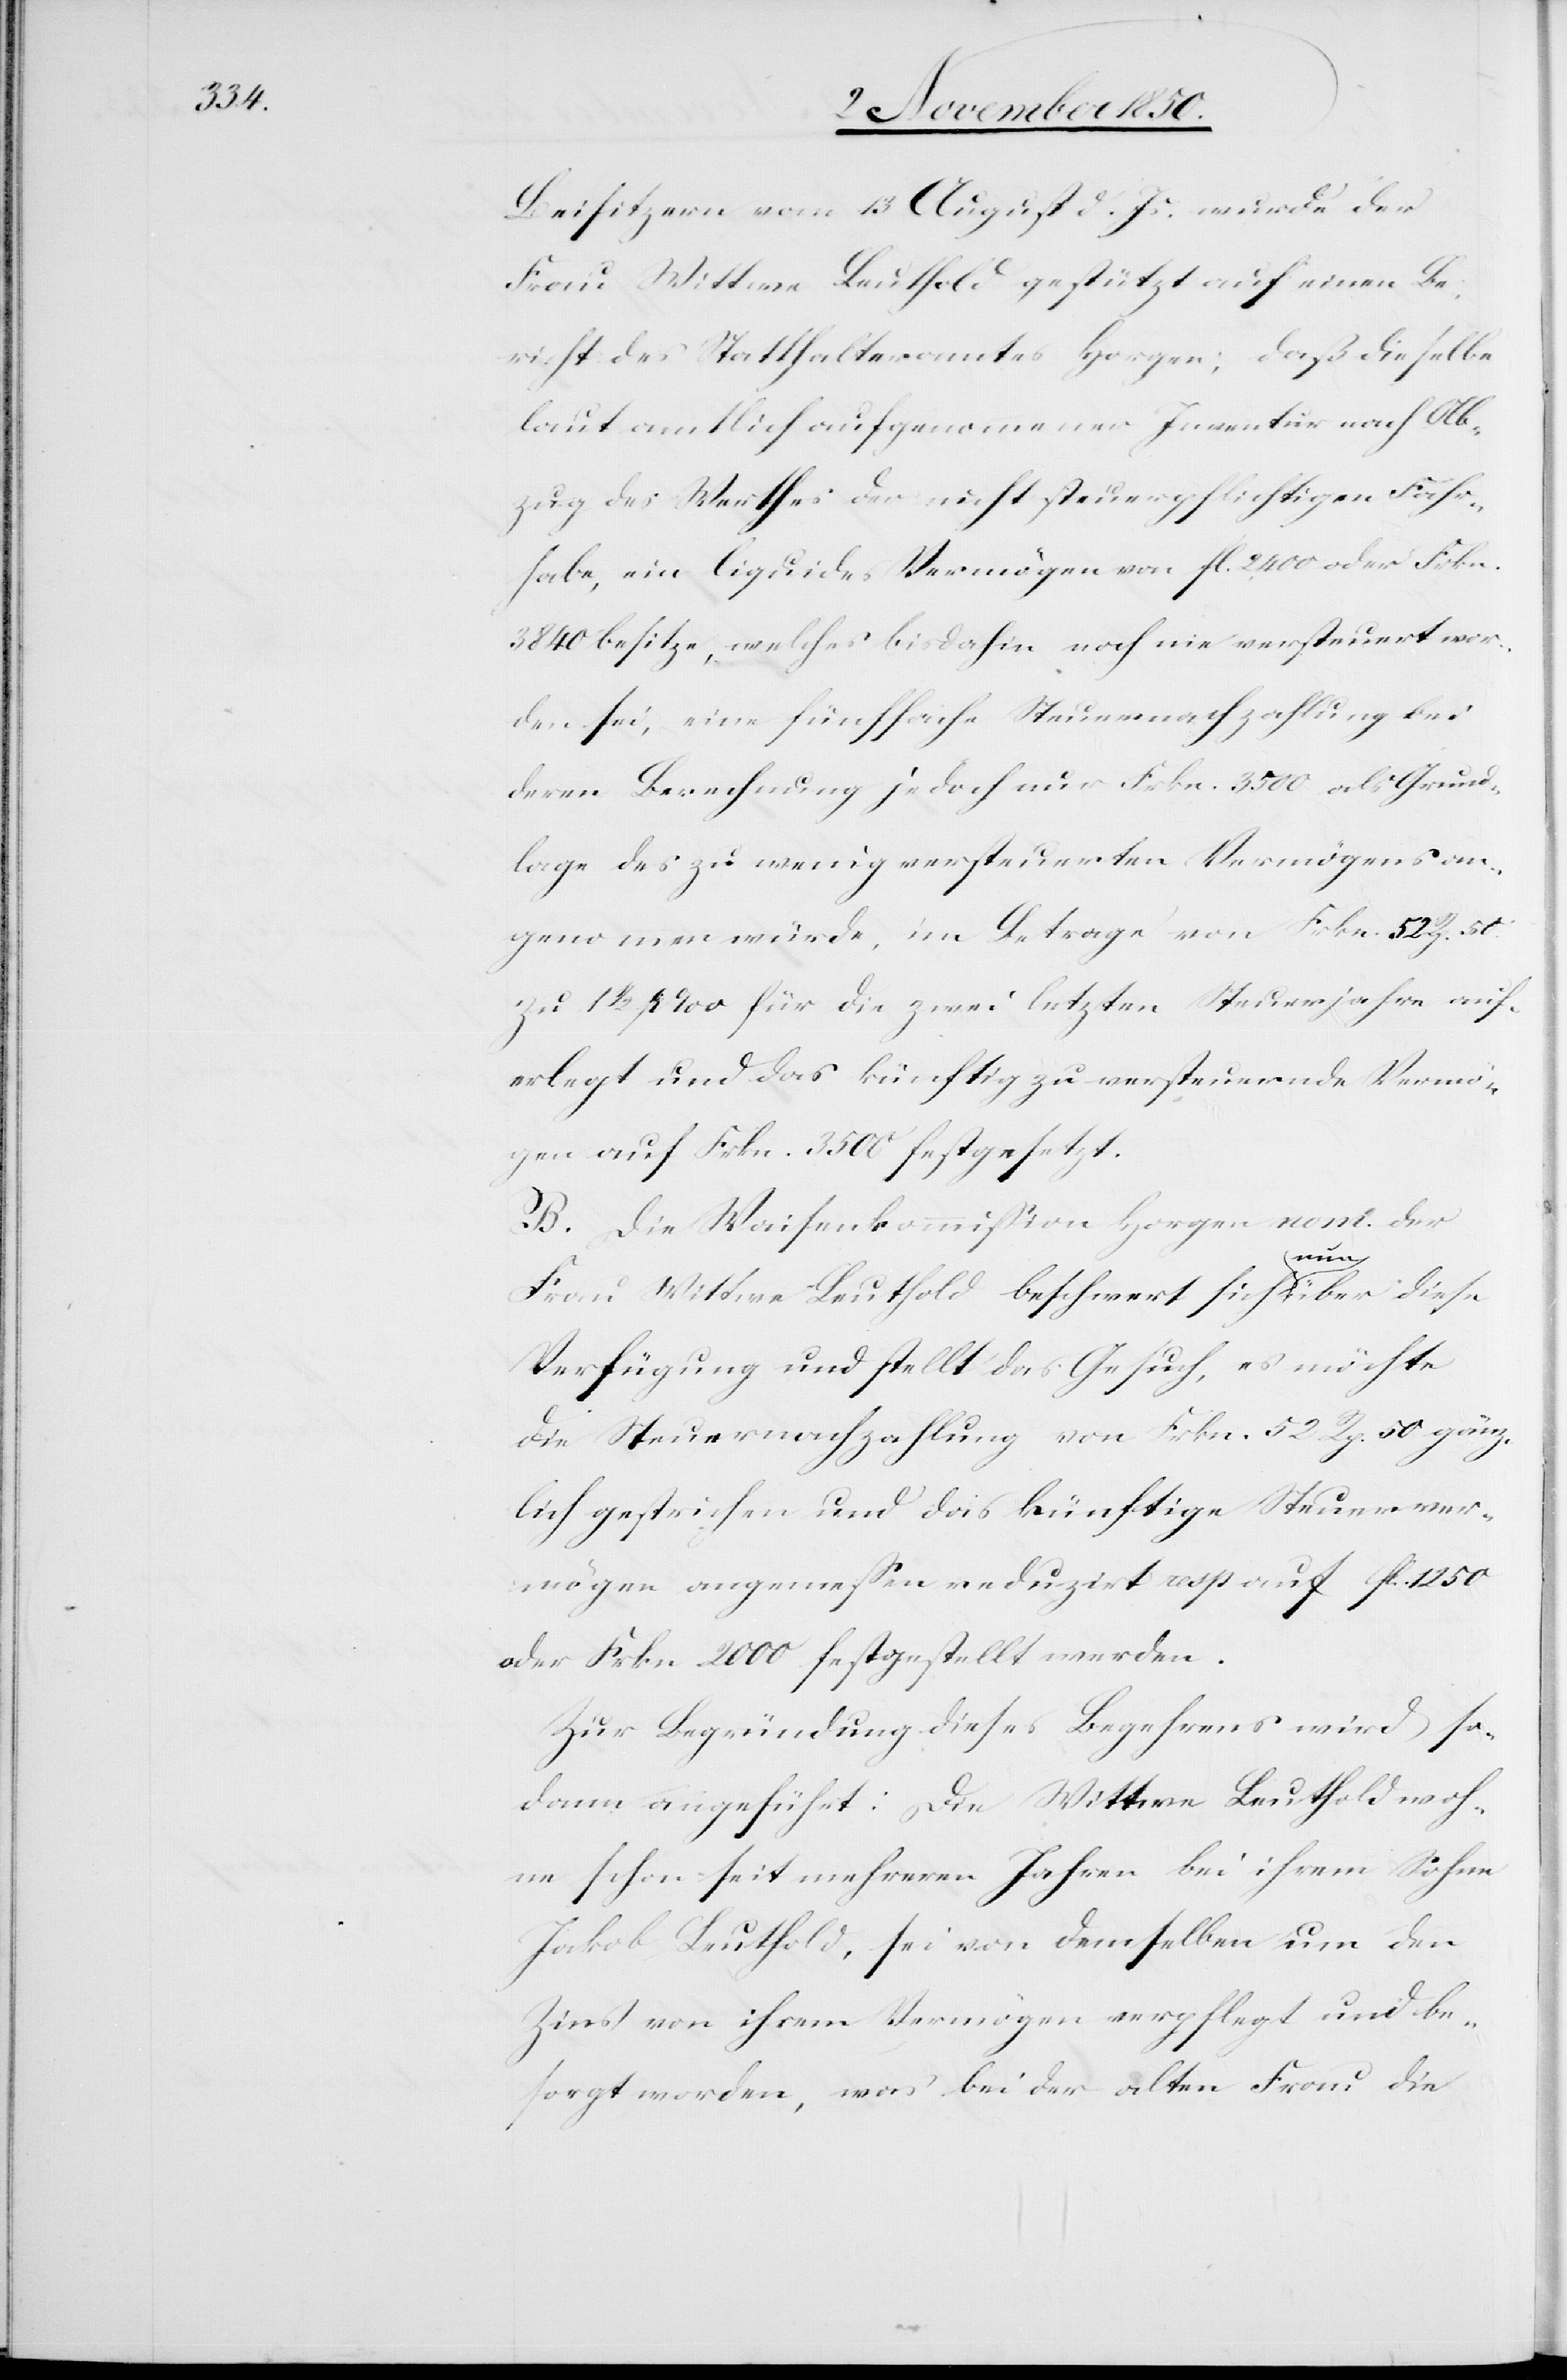
Beisitzern vom 13 August d. Js. wurde der
Frau Wittwe Leuthold gestützt auf einen Be¬
richt des Statthalteramtes Horgen; daß dieselbe
laut amtlich aufgenommener Inventur nach Ab¬
zug des Werthes der nicht steuerpflichtigen Fahr¬
habe, ein liquides Vermögen von fl 2400 oder Frkn.
3840 besitze, welches bisdahin noch nie versteuert wor¬
den sei eine fünffache Steuernachzahlung bei
deren Berechnung jedoch nur Frkn. 3500 als Grund¬
lage des zu wenig versteuerten Vermögens an¬
genommen würde, im Betrage von Frkn. 52 Rp. 50.
zu 1 1/2 ‰ für die zwei letzten Steuerjahre auf¬
erlegt und das künftig zu versteuernde Vermö¬
gen auf Frkn. 3500 festgesetzt.
B. Die Waisenkommission Horgen nom. der
Frau Wittwe Leuthold beschwert sich nun über diese
Verfügung und stellt das Gesuch, es möchte
die Steuernachzahlung von Frkn. 52 Rp. 50 gänz¬
lich gestrichen und das künftige Steuerver¬
mögen angemessen reduzirt resp auf fl. 1250
oder Frkn. 2000 festgestellt werden.
Zur Begründung dieses Begehrens wird so¬
dann angeführt: Die Wittwe Leuthold woh¬
ne schon seit mehreren Jahren bei ihrem Sohne
Jakob Leuthold, sei von demselben um den
Zins von ihrem Vermögen verpflegt und be¬
sorgt worden, was bei der alten Frau die